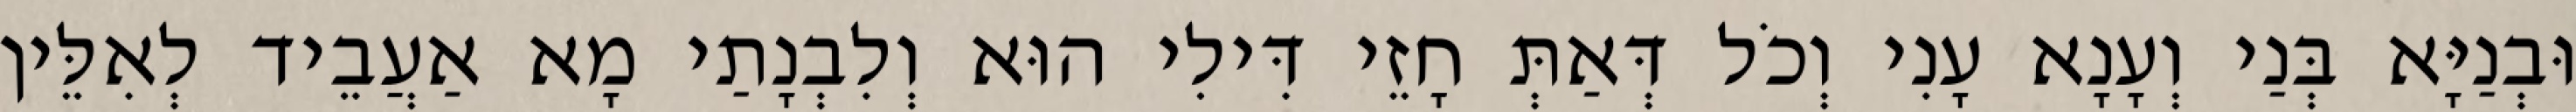
וּבְנַיָּא בְּנַי וְעָנָא עָנִי וְכֹל דְּאַתְּ חָזֵי דִּילִי הוּא וְלִבְנָתַי מָא אַעֲבֵיד לְאִלֵּין